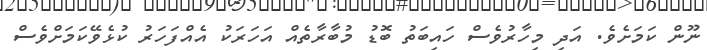
ނޫން ކަމަށެވެ. އަދި މިހާރުވެސް ހައިބަތު ބޮޑު މުބާރާތެއް އަހަރަކު އެއްފަހަރު ކުޅެވޭކަމަށްވެސް